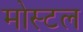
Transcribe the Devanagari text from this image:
मोस्टल